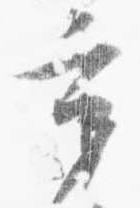
秉